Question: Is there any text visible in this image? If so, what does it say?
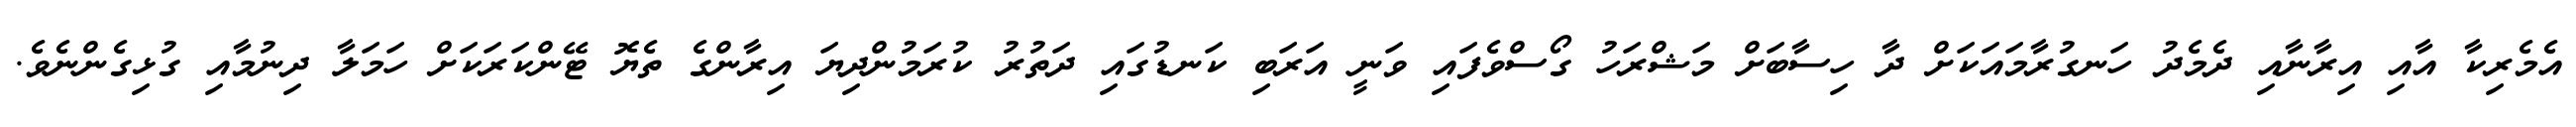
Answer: އެމެރިކާ އާއި އިރާނާއި ދެމެދު ހަނގުރާމައަކަށް ދާ ހިސާބަށް މަޝްރަހު ގޯސްވެފައި ވަނީ އަރަބި ކަނޑުގައި ދަތުރު ކުރަމުންދިޔަ އިރާންގެ ތެޔޮ ޓޭންކަރަކަށް ހަމަލާ ދިނުމާއި ގުޅިގެންނެވެ.